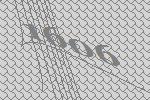
1606